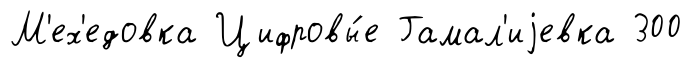
М'ех'едовка Цифровы́е Гамал'иjевка 300